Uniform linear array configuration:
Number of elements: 32
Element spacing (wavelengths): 0.25
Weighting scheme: binomial
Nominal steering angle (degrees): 30
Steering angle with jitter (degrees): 28.76
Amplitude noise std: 0.05
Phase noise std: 0.05

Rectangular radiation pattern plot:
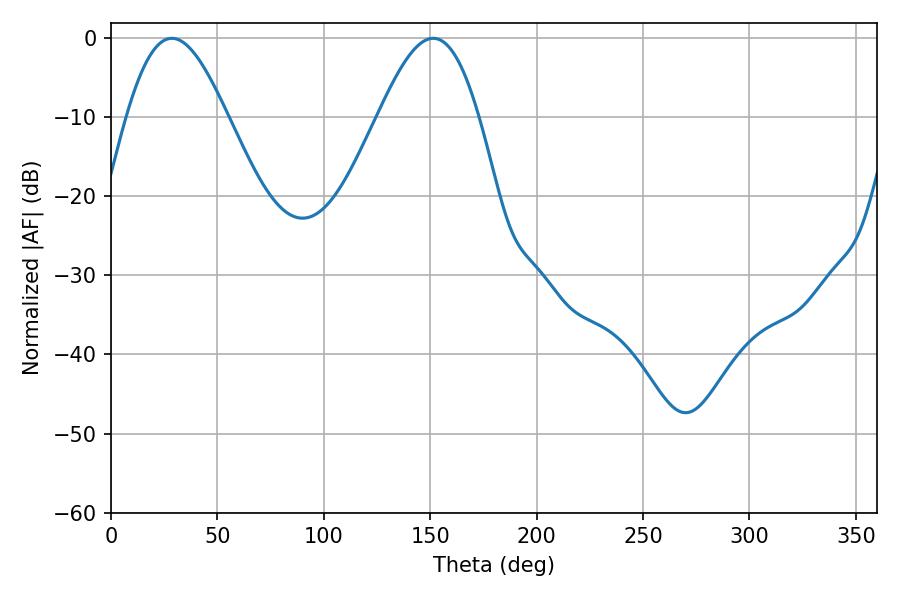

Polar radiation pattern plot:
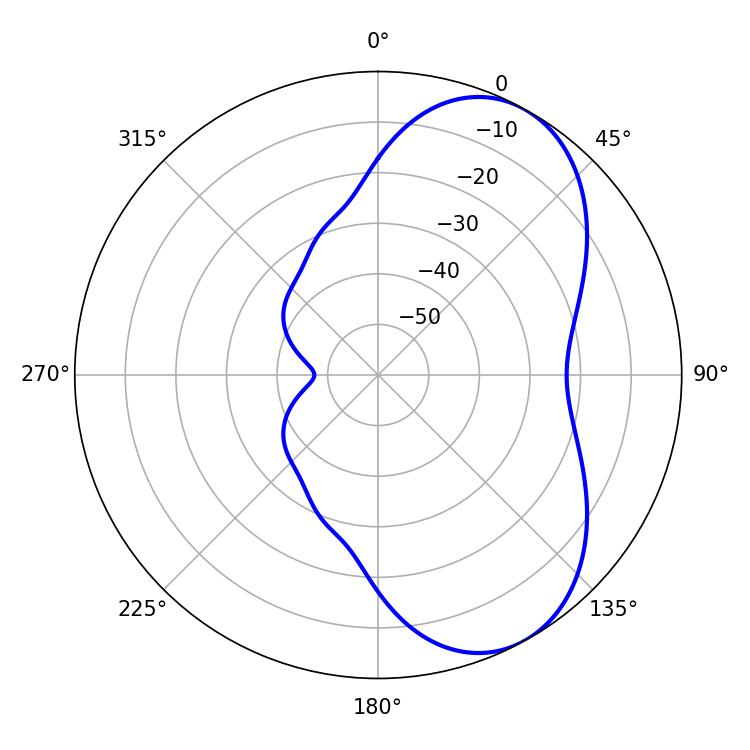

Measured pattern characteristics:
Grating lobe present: FALSE
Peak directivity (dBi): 6.161
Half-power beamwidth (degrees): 25.2
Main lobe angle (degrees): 28.62